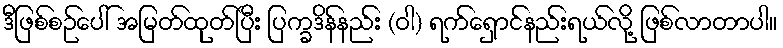
ဒီဖြစ်စဉ်ပေါ် အမြတ်ထုတ်ပြီး ပြက္ခဒိန်နည်း (ဝါ) ရက်ရှောင်နည်းရယ်လို့ ဖြစ်လာတာပါ။